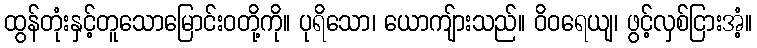
ထွန်တုံးနှင့်တူသောမြောင်းဝတို့ကို။ ပုရိသော၊ ယောကျ်ားသည်။ ဝိဝရေယျ၊ ဖွင့်လှစ်ငြားအံ့။